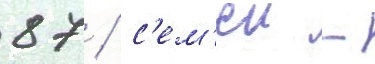
87 / с'ем'еи -